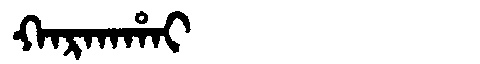
Manchu: ᡴᠠᡵᡴᠠᡥᠠᡳ
Romanization: KARKAHAI